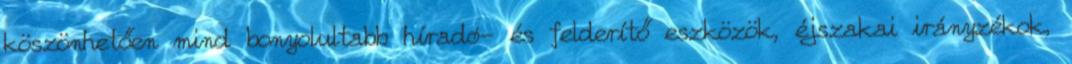
köszönhetően mind bonyolultabb híradó- és felderítő eszközök, éjszakai irányzékok,